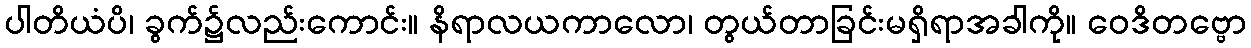
ပါတိယံပိ၊ ခွက်၌လည်းကောင်း။ နိရာလယကာလော၊ တွယ်တာခြင်းမရှိရာအခါကို။ ဝေဒိတဗ္ဗော